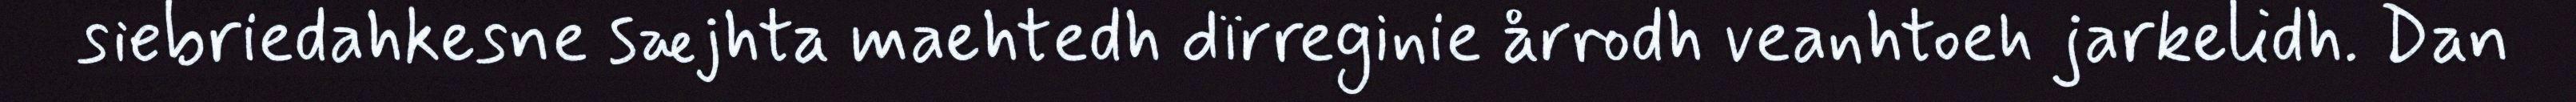
siebriedahkesne sæjhta maehtedh dïrreginie årrodh veanhtoeh jarkelidh. Dan